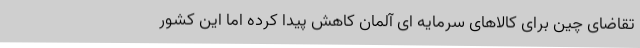
تقاضای چین برای کالاهای سرمایه ای آلمان کاهش پیدا کرده اما این کشور